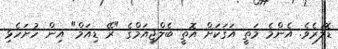
ޑޮލަރެވެ. އެންމެ މަތީ އަގަކަށް އޮތީ ބެލްޖިއަމްގެ "ރޭ ޑިއަމް" އިން ހުށަހެޅި